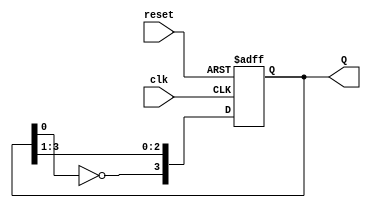
module johnson_counter (
    input wire clk,      // Clock input
    input wire reset,    // Active-high reset input
    output reg [3:0] Q   // Counter output (4 bits)
);

    // Sequential logic for the Johnson counter
    always @(posedge clk or posedge reset) begin
        if (reset) begin
            Q <= 4'b0000;  // Reset the counter to 0000
        end else begin
            // Johnson counter state update
            Q[3] <= ~Q[0];  // DFF0 takes the inverted output of DFF3
            Q[2] <= Q[3];   // DFF1 takes the output of DFF0
            Q[1] <= Q[2];   // DFF2 takes the output of DFF1
            Q[0] <= Q[1];   // DFF3 takes the output of DFF2
        end
    end

endmodule